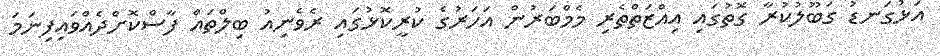
އަޅުގަނޑު ގަބޫލުކުރާ ގޮތުގައި އިއްޒަތްތެރި މެމްބަރުން އަހަރުގެ ކުރީކޮޅުގައި ރެވެނިއު ބިލްތައް ފާސްކޮށްދެއްވައިފިނަމަ